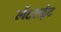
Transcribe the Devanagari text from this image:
लॅटराईट